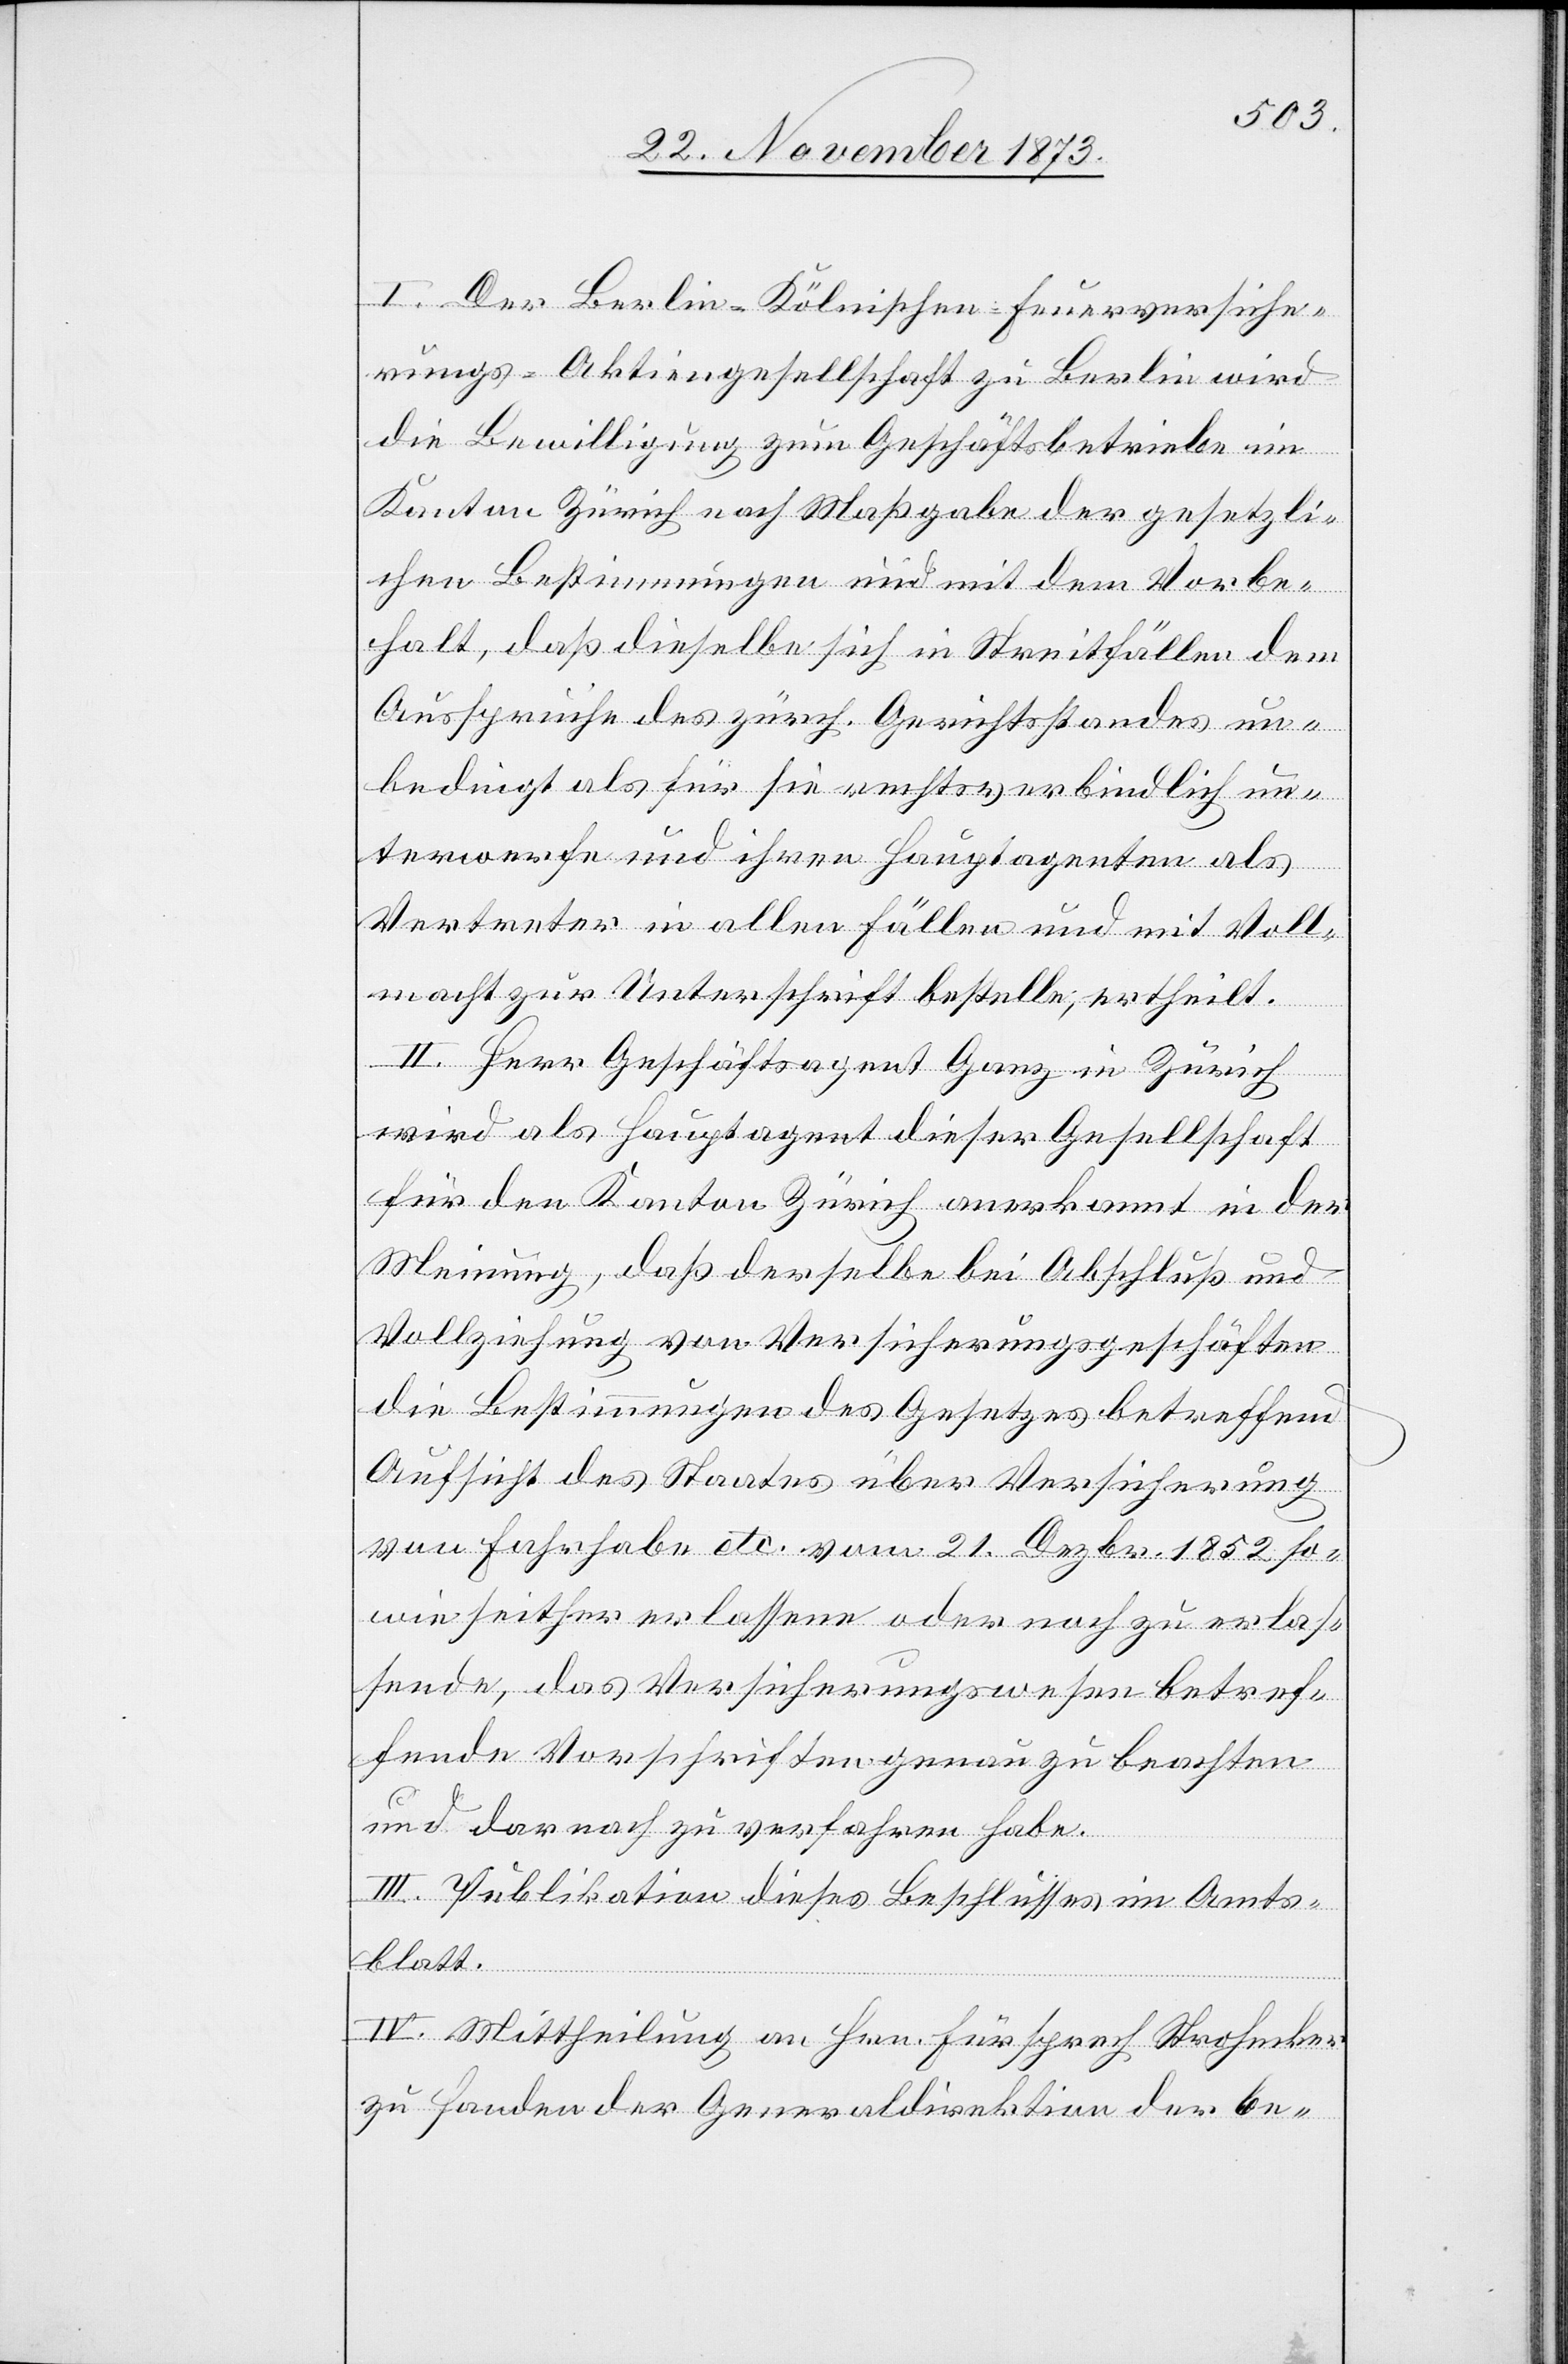
I. Der Berlin-Kölnischen-Feuerversiche¬
rungs-Aktiengesellschaft zu Berlin wird
die Bewilligung zum Geschäftsbetriebe im
Kanton Zürich nach Maßgabe der gesetzli¬
chen Bestimmungen und mit dem Vorbe¬
halt, daß dieselbe sich in Streitfällen dem
Ausspruche des zürch. Gerichtsstandes un¬
bedingt als für sie rechtsverbindlich un¬
terwerfe und ihren Hauptagenten als
Vertreter in allen Fällen und mit Voll¬
macht zur Unterschrift bestelle, ertheilt.
II. Herr Geschäftsagent Ganz in Zürich
wird als Hauptagent dieser Gesellschaft
für den Kanton Zürich anerkannt in der
Meinung, daß derselbe bei Abschluß und
Vollziehung von Versicherungsgeschäften
die Bestimmungen des Gesetzes betreffend
Aufsicht des Staates über Versicherung
von Fahrhabe etc. vom 21. Dezbr. 1852 so¬
wie seither erlassene oder noch zu erlas¬
sende, das Versicherungswesen betref¬
fende Vorschriften genau zu beachten
und darnach zu verfahren habe.
III. Publikation dieses Beschlusses im Amts¬
blatt.
IV. Mittheilung an Hrn. Fürsprech Strohecker
zu Handen der Generaldirektion der be-